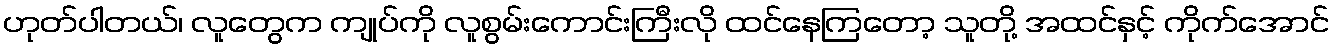
ဟုတ်ပါတယ်၊ လူတွေက ကျုပ်ကို လူစွမ်းကောင်းကြီးလို ထင်နေကြတော့ သူတို့ အထင်နှင့် ကိုက်အောင်